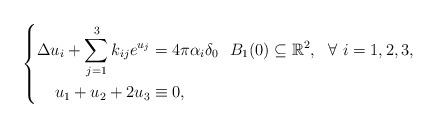
LaTeX: \begin{align*}\left\{\begin{aligned}\Delta u_i+\sum\limits_{j=1}^3k_{ij}e^{u_j}&=4\pi\alpha_i\delta_0 \ \ B_1(0)\subseteq\mathbb{R}^2, \ \ \forall \ i=1,2,3,\\u_1+u_2+2u_3&\equiv0,\end{aligned}\right.\end{align*}